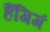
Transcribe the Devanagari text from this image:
हैंगिगं